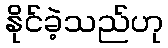
နိုင်ခဲ့သည်ဟု